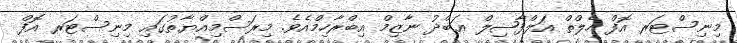
މިނިސްޓަރ އޮފް ހެލްތް އަލްފާޟިލް ޢަބްދު ނާޒިމް އިބްރާހިމްއެވެ. މިރަސްމިއްޔާތުގައި މިނިސްޓަރ އޮފް